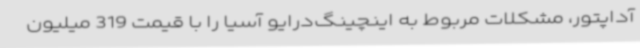
آداپتور، مشکلات مربوط به اینچینگ‌درایو آسیا را با قیمت 319 میلیون